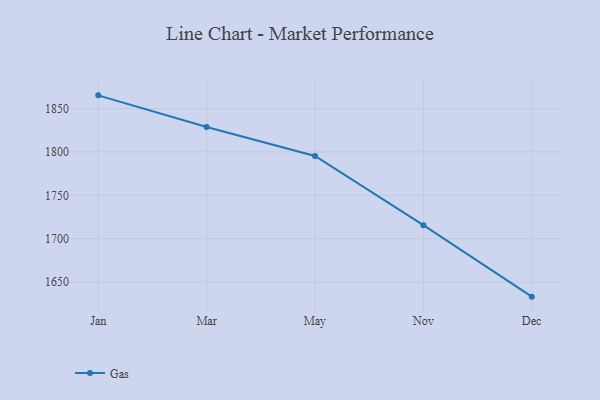
{"axis": {"x": "Month", "y": "Budget (USD K)"}, "legend": ["Gas"], "data": [{"x": "Jan", "y": 1865.3, "type": "Gas"}, {"x": "Mar", "y": 1828.7, "type": "Gas"}, {"x": "May", "y": 1795.4, "type": "Gas"}, {"x": "Nov", "y": 1715.6, "type": "Gas"}, {"x": "Dec", "y": 1633.1, "type": "Gas"}]}